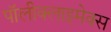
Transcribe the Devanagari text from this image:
पॉलीक्लाइमेक्स